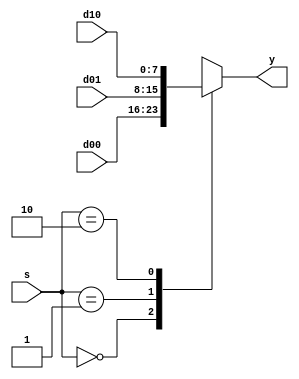
`timescale 1ns / 1ps
//////////////////////////////////////////////////////////////////////////////////
// Company: 
// Engineer: 
// 
// Design Name: 
// Module Name: mux3
// Project Name: 
// Target Devices: 
// Tool Versions: 
// Description: 
// 
// Dependencies: 
// 
// Revision:
// Revision 0.01 - File Created
// Additional Comments:
// 
//////////////////////////////////////////////////////////////////////////////////


module mux3 #(parameter WIDTH=8)
    (
    input [WIDTH-1:0] d00,d01,d10,
    input [1:0] s,
    output reg [WIDTH-1:0] y
    );
    
    always@(*)
    case(s)
    2'b00:y<=d00;
    2'b01:y<=d01;
    2'b10:y<=d10;
    default:y<=32'bx;
    endcase
    
endmodule